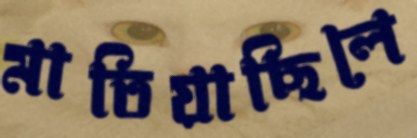
মাতিয়াছিলে